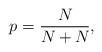
LaTeX: \begin{align*}p_{} = \frac{N_{}}{N_{} + N_{}},\end{align*}